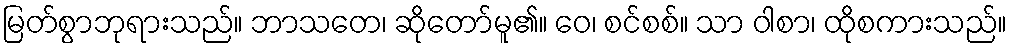
မြတ်စွာဘုရားသည်။ ဘာသတေ၊ ဆိုတော်မူ၏။ ဝေ၊ စင်စစ်။ သာ ဝါစာ၊ ထိုစကားသည်။